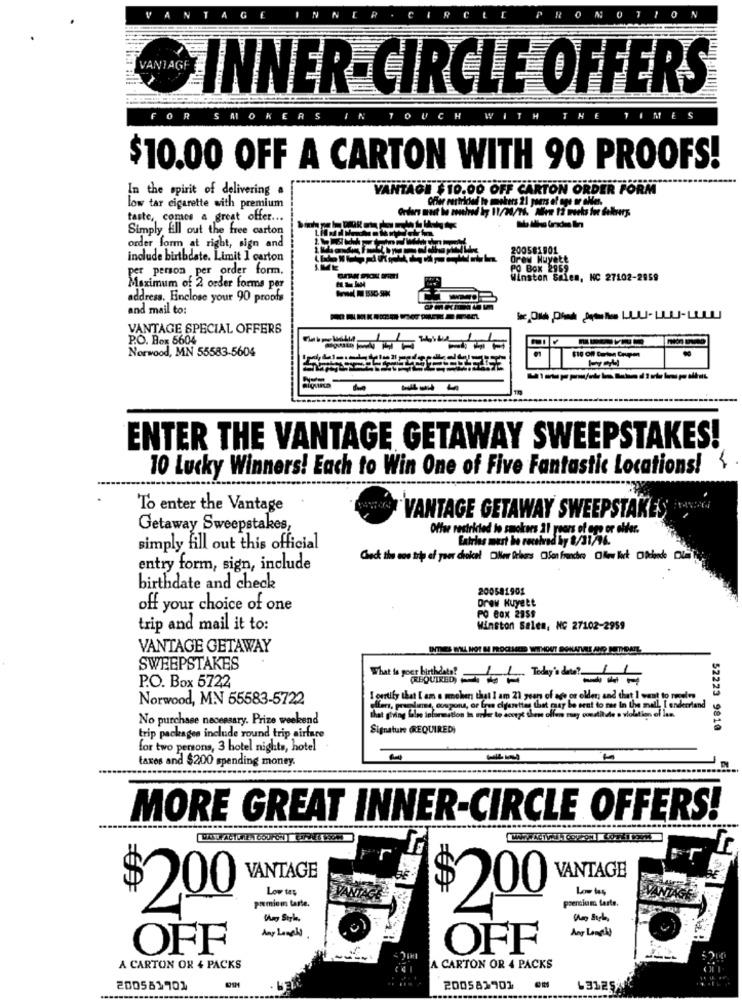
0
VANAGH INNER CIRCLE OFFERS
FOR
SMOKERS
OUCH
WIT
TH
MES
$10.00 OFF A CARTON WITH 90 PROOFS!
In the spirit of delivering a
VANTAGE $10.00 OFF CARTON ORDER FORM
Offer restricted le smokers 21 paars of oge or ales.
low tar cigarette with premium
taste, comes a great offer ...
Simply Ell out the free carton
order form at right, sign and
200581901
include birthdate. Limit 1 carton
Orew Nuyett
per person per order form.
PO BOX 2955
Winston Salem, NC 27102-2859
Maximum of 2 order forms per
address. Einclose your 90 proofs
and mail to:
VANTAGE SPECIAL OFFERS
P.O. Box 5604
Norwood, MN 55583-5604
---
ENTER THE VANTAGE GETAWAY SWEEPSTAKES!
10 Lucky Winners! Each to Win One of Five Fantastic Locations! \
To enter the Vantage
VANTAGE GETAWAY SWEEPSTAKES
Getaway Sweepstakes,
Offse restricted to smokers 11 years of age or older.
Entries must be received by 8/31/76.
simply fill out this official
entry form, sign, include
birthdate and check
200541901
Drew Huyett
off your choice of one
PO Box 2859
trip and mail it to:
Winston Salem, NC 27102-2959
VANTAGE GETAWAY
SWEEPSTAKES
P.O. Box 5722
What is your birthdate? IL Today ?
REQUIRED
Norwood, MN 55583-5722
I certify that Lem e molen that I am 21 years of age or older; and that I want to receive
prawns songans, or free diyerettes that gay be sent to mas In the mall, I endeertend
No purchase necessary. Prize weekend
Signature (REQUIRED)
52223 9810
trip packages include round trip airfare
for two persons, 3 hotel nights, hotel.
taxes and $200 spending money.
MORE GREAT INNER-CIRCLE OFFERS!
VANTAGE
VANTAGE
Low tes
Low tes
premiums ferte.
200
pomium tarte.
$200
Ang Longdid
Any Langla
OFF
OFF
A CARTON OX 4 PACKS
A CARTON OR 4 PACKS
200581701
200582901
63125